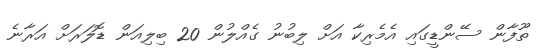
ތޫފާން ސޭންޑީގައި އެމެރިކާ އަށް ލިބުނު ގެއްލުން 20 ބިލިއަން ޑޮލަރަށް އަރާނެ